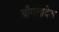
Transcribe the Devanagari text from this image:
बाँगलादेश